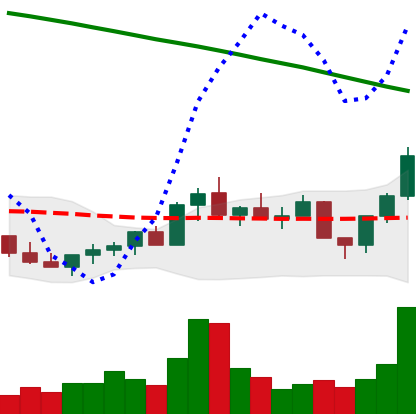
Ticker: LINK-USD
Chart end date: 2022-07-29
Forward return: -7.909%
Label: down_7plus